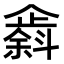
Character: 𫿸